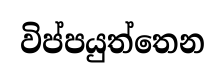
විප්පයුත්තෙන